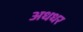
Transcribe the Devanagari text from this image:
अधधर